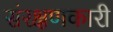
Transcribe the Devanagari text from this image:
संरक्षणकारी